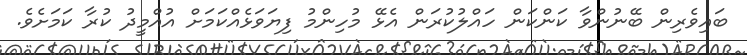
ބައިވެރިން ބޭނުންވާ ކަންކަން ހައްލުކުރަން އެޅޭ މުހިންމު ފިޔަވަޅެއްކަމަށް އުއްމީދު ކުރާ ކަމަށެވެ.